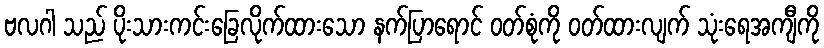
ဗလဂါ သည် ပိုးသားကင်းခြေလိုက်ထားသော နက်ပြာရောင် ဝတ်စုံကို ဝတ်ထားလျက် သုံးရေအကျီကို